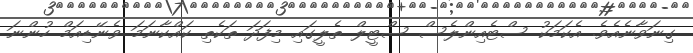
ގިނަވާނެއެވެ. އެކަމަކު ސްޓެއިންލެސް ސްޓީލް ތެލީގައި މިފަދަ ތަކެތި ކައްކާނަމަ ވެނޭޑިއަމް ހުންނަ